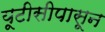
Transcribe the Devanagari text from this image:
यूटीसीपासून